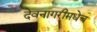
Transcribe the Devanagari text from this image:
देवनागरीमधेच